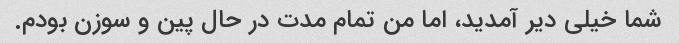
شما خیلی دیر آمدید، اما من تمام مدت در حال پین و سوزن بودم.